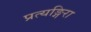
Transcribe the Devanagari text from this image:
प्रत्यङ्गिरा